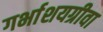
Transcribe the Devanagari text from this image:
गर्भाशयग्रीवा